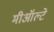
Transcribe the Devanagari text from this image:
मीऑल्टे